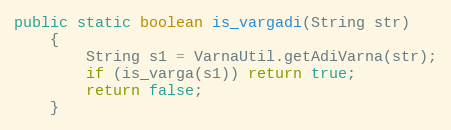
Language: Java
public static boolean is_vargadi(String str)
    {
        String s1 = VarnaUtil.getAdiVarna(str);
        if (is_varga(s1)) return true;
        return false;
    }